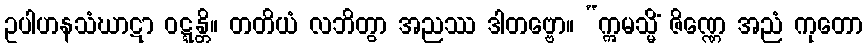
ဥပါဟနသံဃာဋာ ဝဋ္ဋန္တိ။ တတိယံ လဘိတွာ အညဿ ဒါတဗ္ဗော။ “ဣမသ္မိံ ဇိဏ္ဏေ အညံ ကုတော